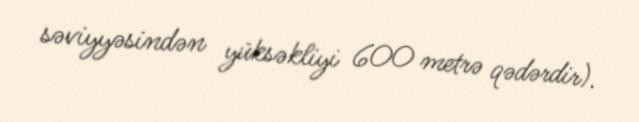
səviyyəsindən yüksəkliyi 600 metrə qədərdir).